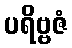
ပရိဗ္ဗဇံ